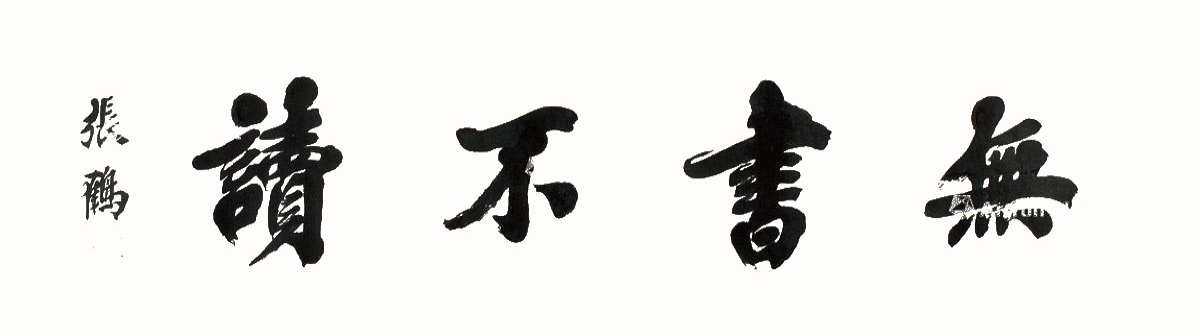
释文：无书不读。张鹤。